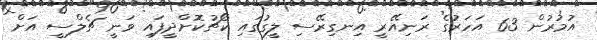
އުމުރުން 63 އަހަރުގެ ރަނިއޭރީ އިނގިރޭސި ލީގުގައި ކޯޗުކޮށްދީފައި ވަނީ ޗެލްސީ އަށް